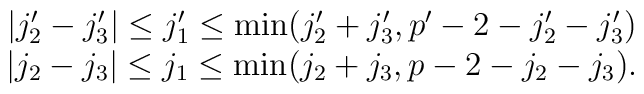
\begin{array}{c}  |j'_2-j'_3|\leq j_1'\leq\min(j'_2+j'_3,p'-2-j'_2-j'_3) \\  |j_2-j_3|\leq j_1\leq\min(j_2+j_3,p-2-j_2-j_3).\end{array}